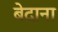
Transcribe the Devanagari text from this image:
बेदाना